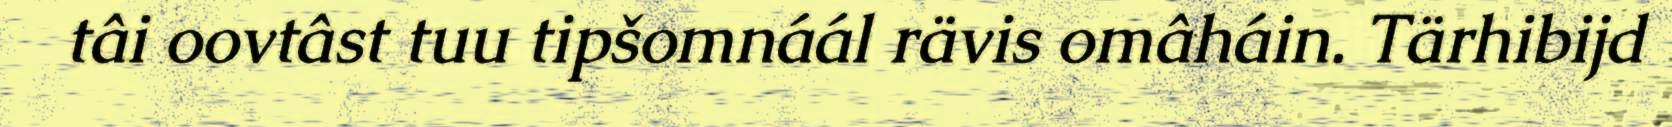
tâi oovtâst tuu tipšomnáál rävis omâháin. Tärhibijd